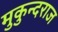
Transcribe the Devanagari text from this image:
मुकुन्दराज